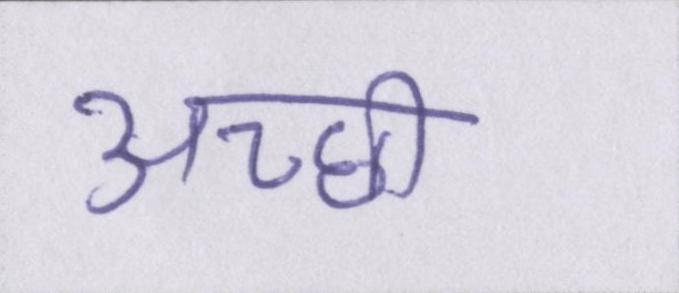
अच्छी